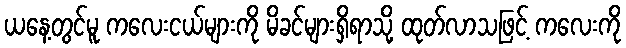
ယနေ့တွင်မူ ကလေးငယ်များကို မိခင်များရှိရာသို့ ထုတ်လာသဖြင့် ကလေးကို